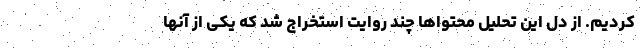
کردیم. از دل این تحلیل محتواها چند روایت استخراج شد که یکی از آنها